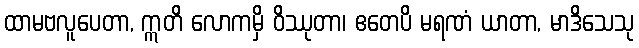
ထာမဗလူပေတာ, ဣတိ လောကမှိ ဝိဿုတာ၊ ဧတေပိ မရဏံ ယာတာ, မာဒိသေသု